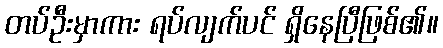
တပ်ဦးမှာကား ရပ်လျက်ပင် ရှိနေပြီဖြစ်၏။